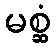
မစ္ဆံ